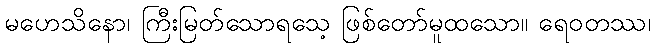
မဟေသိနော၊ ကြီးမြတ်သောရသေ့ ဖြစ်တော်မူထသော။ ရေဝတဿ၊